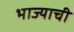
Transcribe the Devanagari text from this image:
भाज्याची